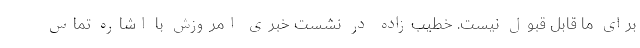
برای ما قابل قبول نیست. خطیب‌زاده در نشست خبری امروزش با اشاره تماس